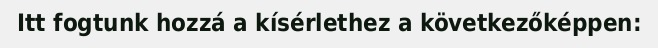
Itt fogtunk hozzá a kísérlethez a következőképpen: